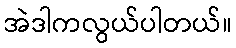
အဲဒါကလွယ်ပါတယ်။